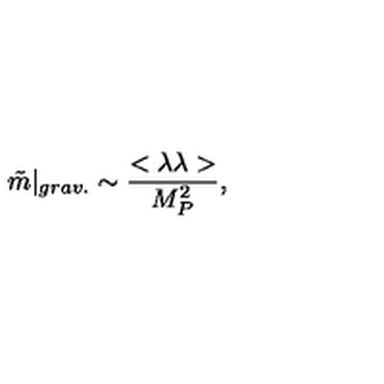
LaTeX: \tilde { m } | _ { g r a v . } \sim { \frac { < \lambda \lambda > } { M _ { P } ^ { 2 } } } ,